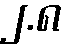
၂.၈